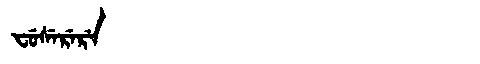
Manchu: ᠸᡠᠰᡝᡵᡝᡵᡝ
Romanization: FUSERERE